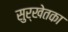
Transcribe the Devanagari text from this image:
सुर्खेतका